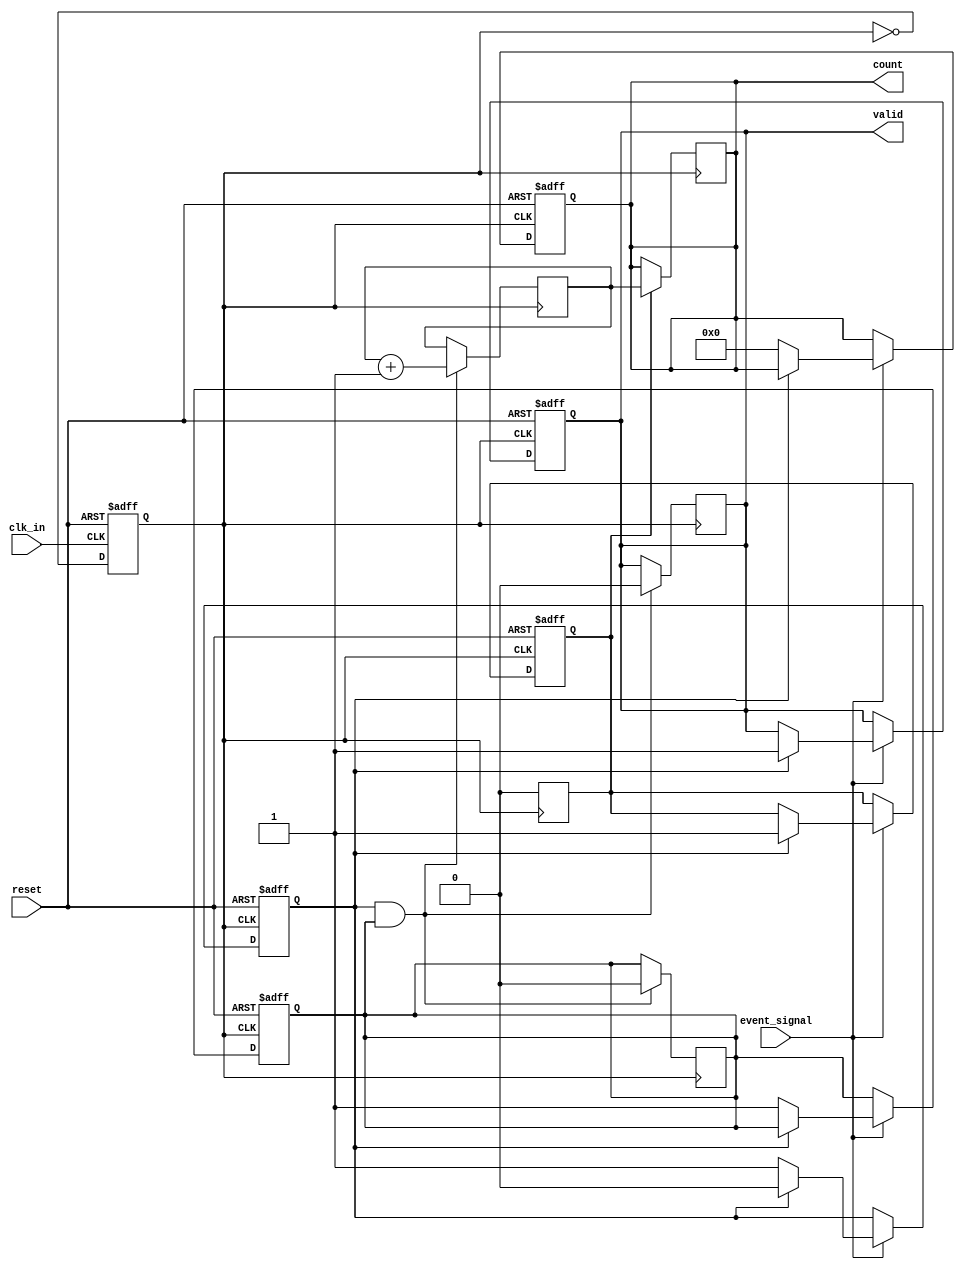
module TDC (
    input wire clk_in,         // Input clock signal
    input wire event_signal,   // Input event signal to measure time interval
    input wire reset,          // Reset signal
    output reg [31:0] count,   // Measured time interval output
    output reg valid           // Flag to indicate valid measurement
);

    // PLL parameters
    parameter PLL_MULTIPLIER = 4;  // VCO frequency multiplier
    parameter COUNT_WIDTH = 32;     // Width of the counter

    // Internal signals
    reg [COUNT_WIDTH-1:0] counter;  // Counter for time measurement
    reg vco_clk;                     // VCO clock output
    reg edge_detected;               // Edge detection flag
    reg rising_edge;                 // Rising edge detected
    reg falling_edge;                // Falling edge detected

    // PLL simulation (for demonstration purposes)
    always @(posedge clk_in or posedge reset) begin
        if (reset) begin
            vco_clk <= 0;
        end else begin
            vco_clk <= ~vco_clk; // Toggle clock to simulate VCO behavior
        end
    end

    // Edge Detection Logic
    always @(posedge vco_clk or posedge reset) begin
        if (reset) begin
            edge_detected <= 0;
            count <= 0;
            valid <= 0;
            rising_edge <= 0;
            falling_edge <= 0;
        end else if (event_signal) begin
            if (!edge_detected) begin
                // First edge detected
                rising_edge <= 1;
                edge_detected <= 1;
                count <= 0; // Reset counter
            end else begin
                // Second edge detected
                falling_edge <= 1;
                edge_detected <= 0;
                valid <= 1; // Measurement is valid
            end
        end
    end

    // Counter Logic
    always @(posedge vco_clk) begin
        if (edge_detected && rising_edge) begin
            counter <= counter + 1; // Increment counter
            valid <= 0;              // Reset valid flag until the next measurement
            rising_edge <= 0;        // Reset rising edge flag
        end
    end

    // Output assignment
    always @(posedge vco_clk) begin
        if (falling_edge) begin
            count <= counter; // Store the count value when the second edge is detected
            falling_edge <= 0; // Reset falling edge flag
        end
    end

endmodule